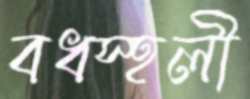
বধস্হলী